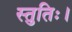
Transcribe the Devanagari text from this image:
स्तुतिः।